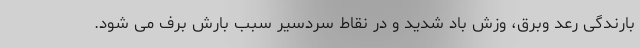
بارندگی رعد وبرق، وزش باد شدید و در نقاط سردسیر سبب بارش برف می شود.